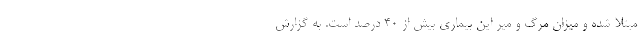
مبتلا شده و میزان مرگ و میر این بیماری بیش از ۴۰ درصد است. به گزارش